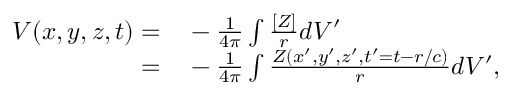
\begin{array} { r l } { { V } ( x , y , z , t ) = } & { { } - \frac { 1 } { 4 \pi } \int \frac { [ { Z } ] } { r } d V ^ { \prime } } \\ { = } & { { } - \frac { 1 } { 4 \pi } \int \frac { { Z } ( x ^ { \prime } , y ^ { \prime } , z ^ { \prime } , t ^ { \prime } = t - r / c ) } { r } d V ^ { \prime } , } \end{array}